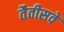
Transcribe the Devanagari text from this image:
तैतीसवें